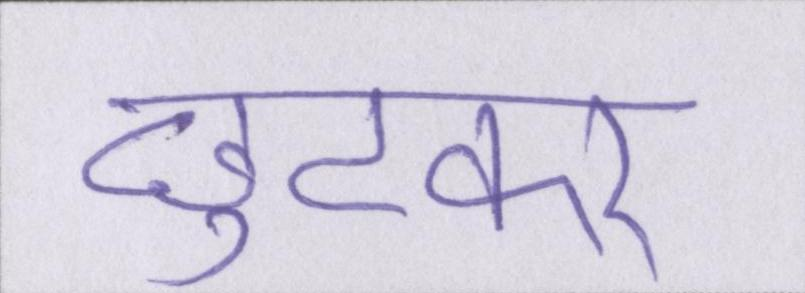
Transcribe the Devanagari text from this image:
छुटकर